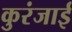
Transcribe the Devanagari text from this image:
कुरंजाई